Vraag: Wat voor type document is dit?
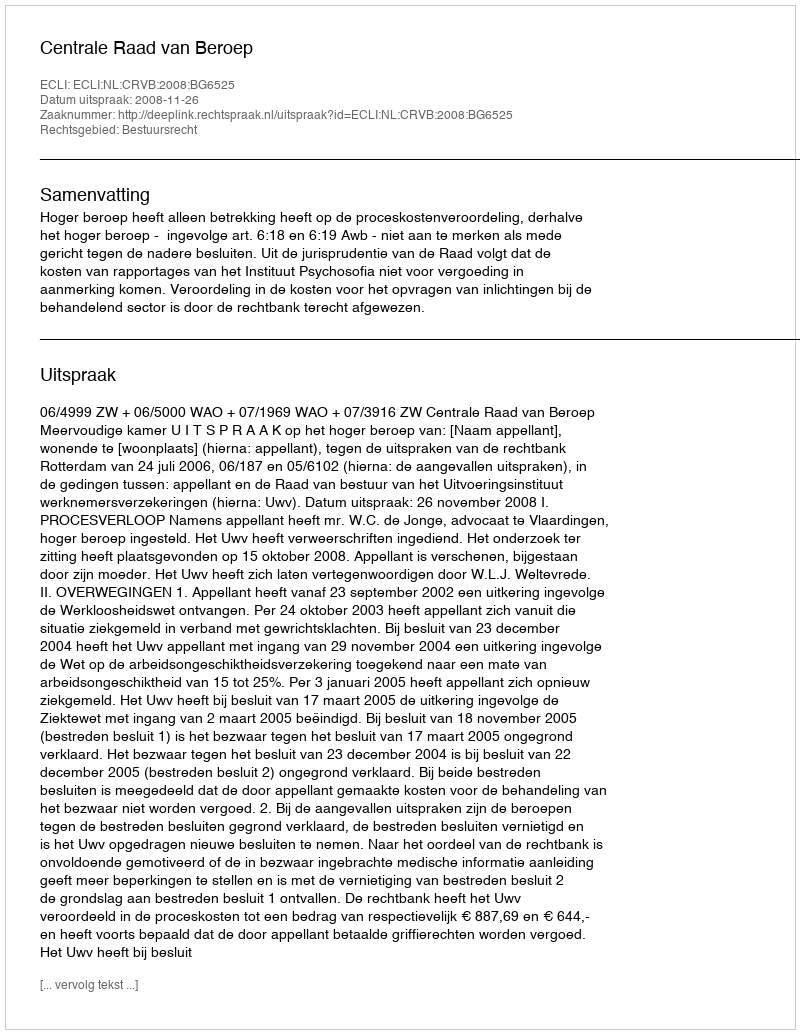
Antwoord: Uitspraak